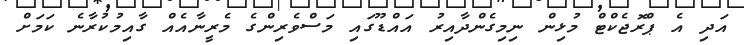
އަދި އެ ޕްރޮޖެކްޓް މުޅިން ނިމިގެންދާއިރު އައްޑޫގައި މަސްވެރިންގެ މެރީނާއެއް ގާއިމުކުރާނެ ކަމަށް